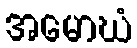
အမောဃံ